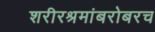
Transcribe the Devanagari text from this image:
शरीरश्रमांबरोबरच